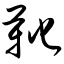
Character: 靴